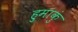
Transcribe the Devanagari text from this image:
हुमाकुं